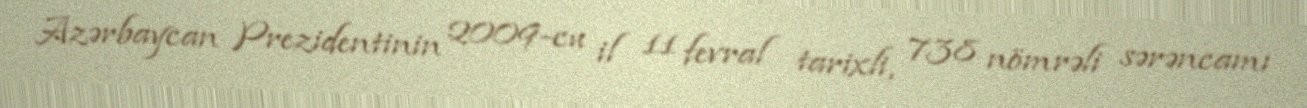
Azərbaycan Prezidentinin 2009-cu il 11 fevral tarixli, 738 nömrəli sərəncamı